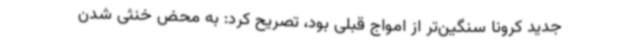
جدید کرونا سنگین‌تر از امواج قبلی بود، تصریح کرد: به محض خنثی شدن